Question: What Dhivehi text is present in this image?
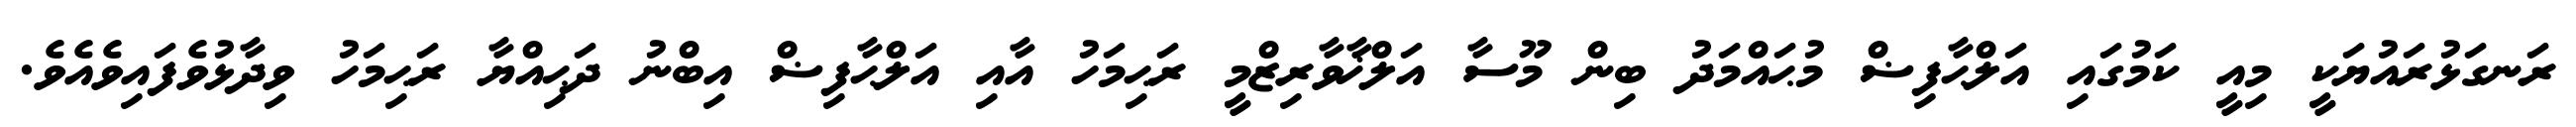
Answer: ރަނގަޅުރައުޔަކީ މިއީ ކަމުގައި އަލްޙާފިޟް މުޙައްމަދު ބިން މޫސާ އަލްޚާވާރިޒްމީ ރަޙިމަހު އާއި އަލްޙާފިޟް އިބްނު ދަޙިއްޔާ ރަޙިމަހު ވިދާޅުވެފައިވެއެވެ.